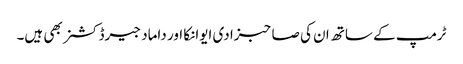
ٹرمپ کے ساتھ ان کی صاحبزادی ایوانکا اور داماد جیرڈ کشنر بھی ہیں۔